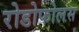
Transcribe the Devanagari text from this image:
रोडोफोलस